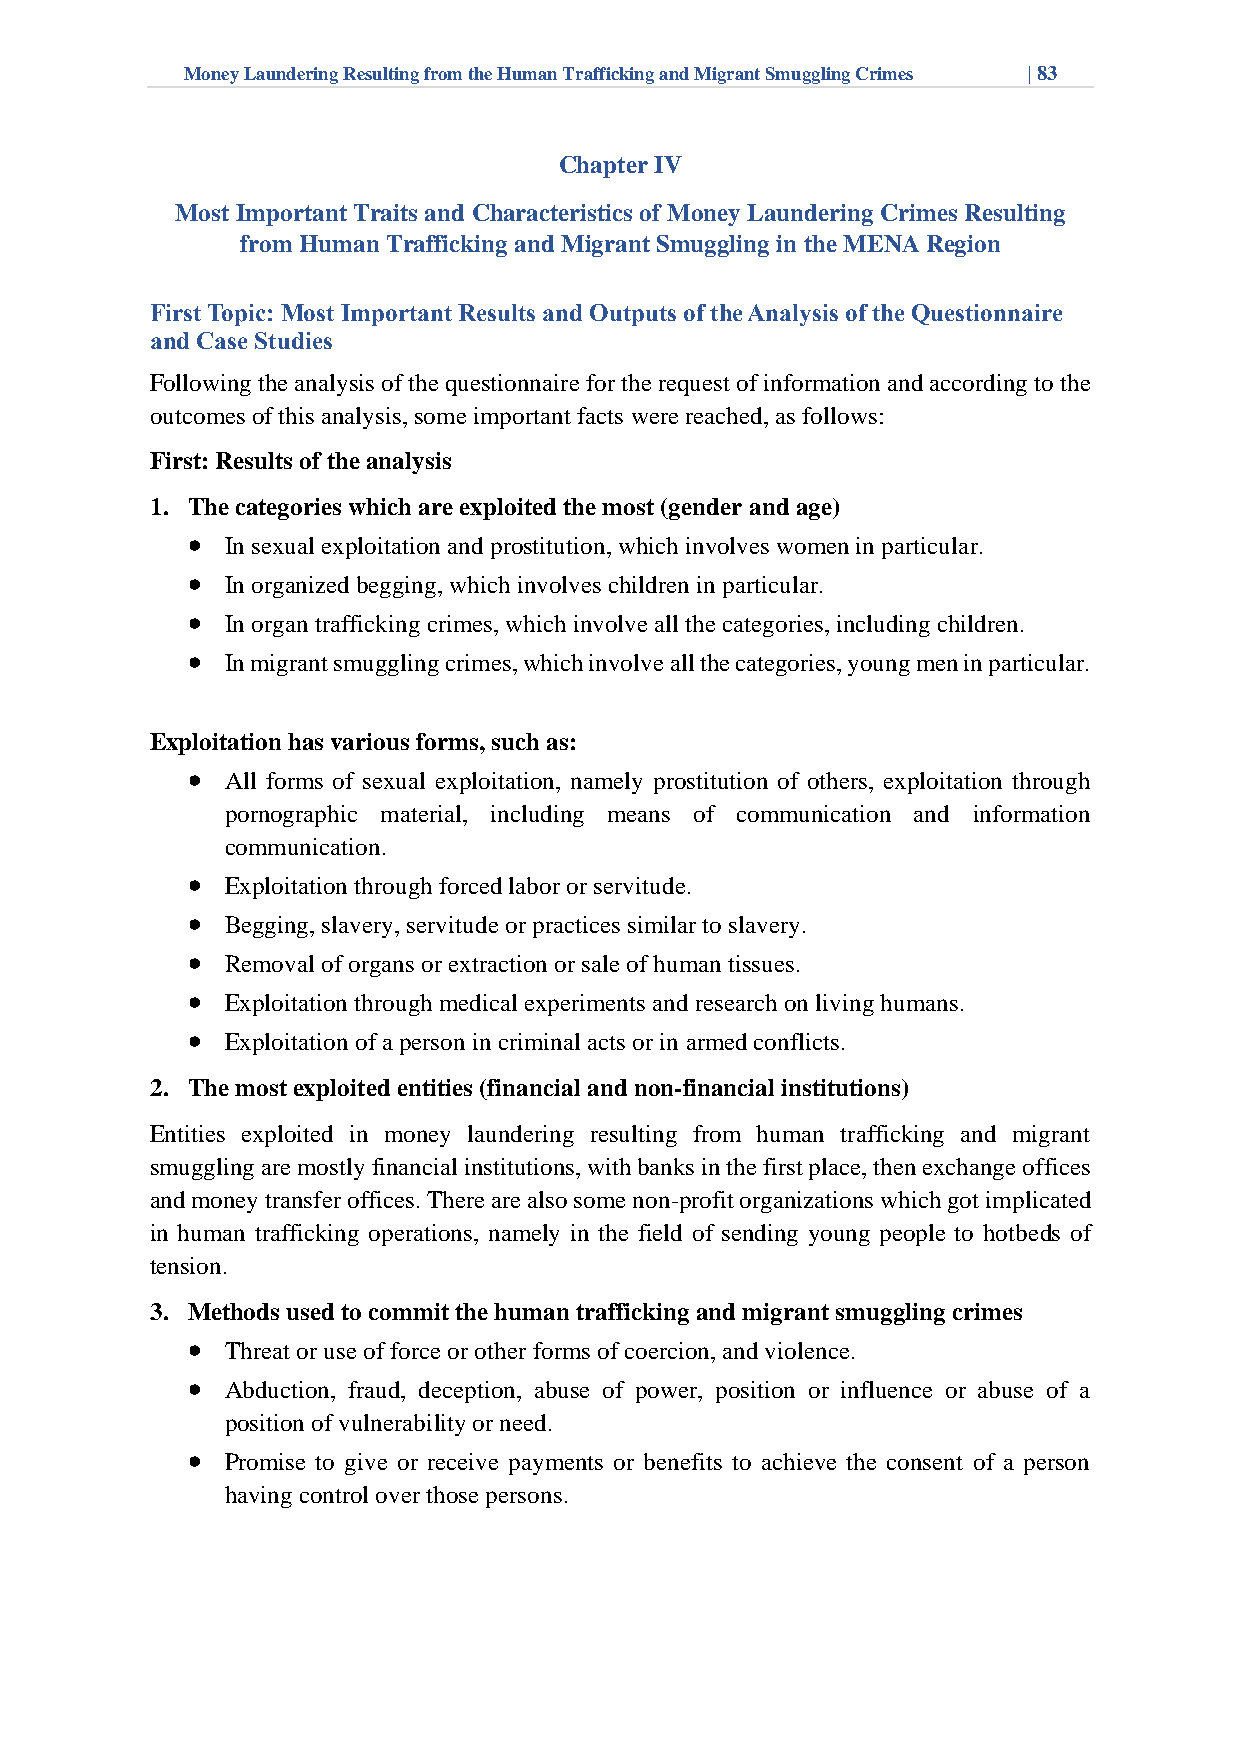
Money Laundering Resulting from the Human Trafficking and Migrant Smuggling Crimes | 83
 Chapter IV
 Most Important Traits and Characteristics of Money Laundering Crimes Resulting
 from Human Trafficking and Migrant Smuggling in the MENA Region
 First Topic: Most Important Results and Outputs of the Analysis of the Questionnaire
 and Case Studies
 Following the analysis of the questionnaire for the request of information and according to the
 outcomes of this analysis, some important facts were reached, as follows:
 First: Results of the analysis
 1. The categories which are exploited the most (gender and age)
 •  In sexual exploitation and prostitution, which involves women in particular.
 •  In organized begging, which involves children in particular.
 •  In organ trafficking crimes, which involve all the categories, including children.
 •  In migrant smuggling crimes, which involve all the categories, young men in particular.
 Exploitation has various forms, such as:
 •  All forms of sexual exploitation, namely prostitution of others, exploitation through
 pornographic material, including means of communication and information
 communication.
 •  Exploitation through forced labor or servitude.
 •  Begging, slavery, servitude or practices similar to slavery.
 •  Removal of organs or extraction or sale of human tissues.
 •  Exploitation through medical experiments and research on living humans.
 •  Exploitation of a person in criminal acts or in armed conflicts.
 2. The most exploited entities (financial and non-financial institutions)
 Entities exploited in money laundering resulting from human trafficking and migrant
 smuggling are mostly financial institutions, with banks in the first place, then exchange offices
 and money transfer offices. There are also some non-profit organizations which got implicated
 in human trafficking operations, namely in the field of sending young people to hotbeds of
 tension.
 3. Methods used to commit the human trafficking and migrant smuggling crimes
 •  Threat or use of force or other forms of coercion, and violence.
 •  Abduction, fraud, deception, abuse of power, position or influence or abuse of a
 position of vulnerability or need.
 •  Promise to give or receive payments or benefits to achieve the consent of a person
 having control over those persons.